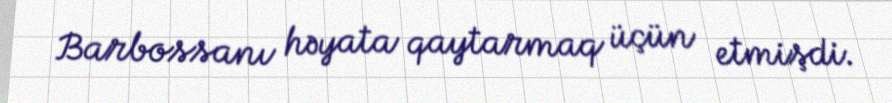
Barbossanı həyata qaytarmaq üçün etmişdi.